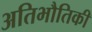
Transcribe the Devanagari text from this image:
अतिभौतिकी